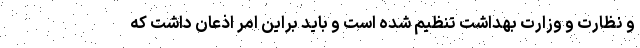
و نظارت و وزارت بهداشت تنظیم شده است و باید براین امر اذعان داشت که